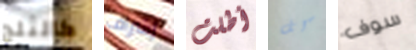
كالثلج إشراف أطلت كل سوف